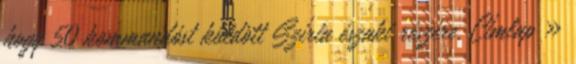
hogy 50 kommandóst küldött Szíria északi részére. Címlap »